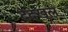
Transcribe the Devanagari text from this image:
देदखल